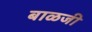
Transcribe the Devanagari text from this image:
बाळजी